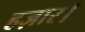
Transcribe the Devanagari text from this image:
हज़ार।